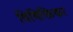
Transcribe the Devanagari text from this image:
विविक्तिकर